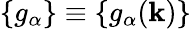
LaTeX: \{ g_{\alpha}\} \equiv\{ g_{\alpha}(\mathbf{k})\}